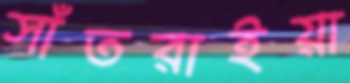
সাঁতরাইয়া